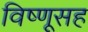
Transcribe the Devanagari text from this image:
विष्णूसह